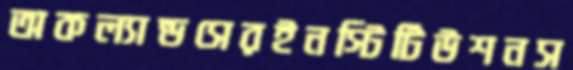
অকল্যান্ডসেরইনস্টিটিউশনস